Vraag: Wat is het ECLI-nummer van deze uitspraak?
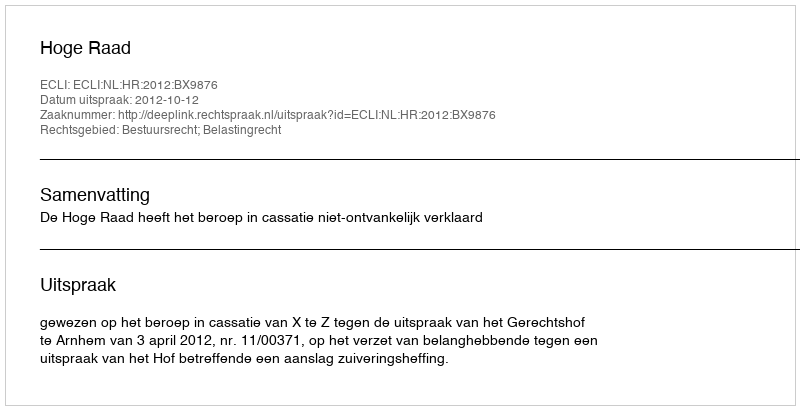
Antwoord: ECLI:NL:HR:2012:BX9876